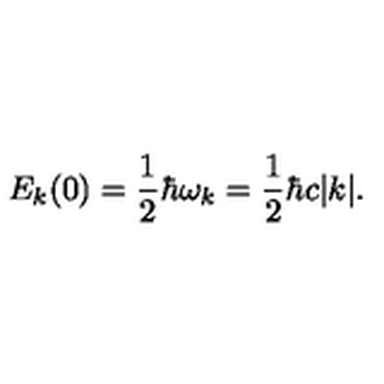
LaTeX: E _ { k } ( 0 ) = \frac { 1 } { 2 } \hbar \omega _ { k } = \frac { 1 } { 2 } \hbar c | k | .